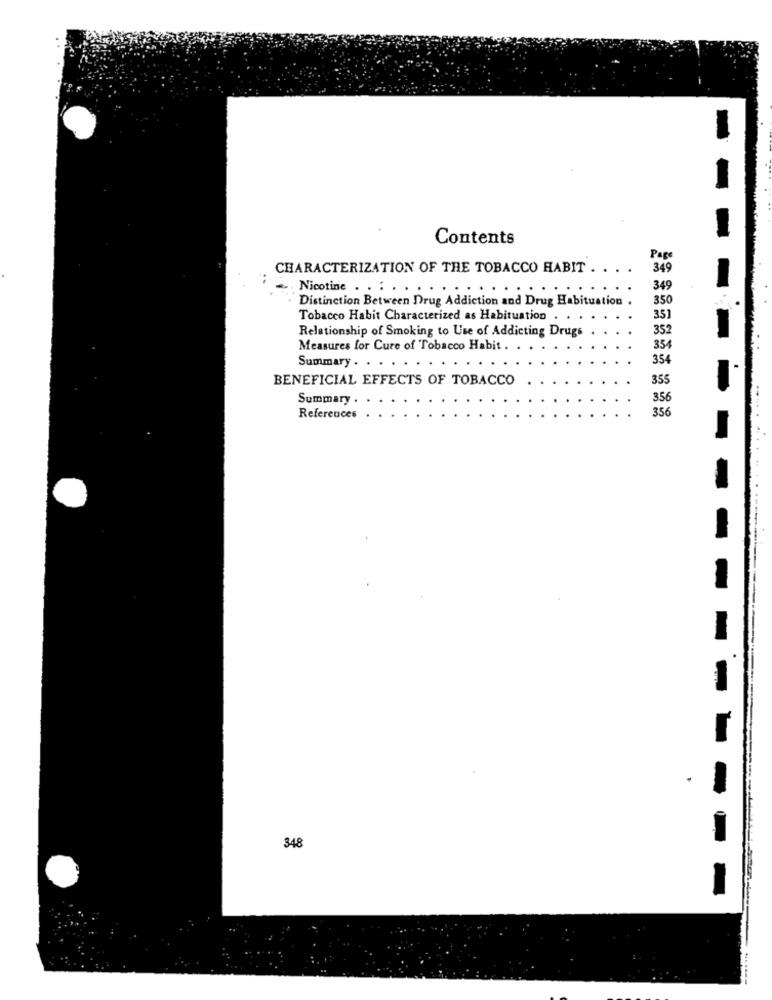
Contents
Page
CHARACTERIZATION OF THE TOBACCO HABIT .
349
. Nicotine . . . . . . . .
:: .......
349
Distinction Between Drug Addiction and Drug Habituation
350
Tobacco Habit Characterized as Habituation .
35]
Relationship of Smoking to Use of Addicting Drugs
352
Measures for Cure of Tobacco Habit .
354
354
Summary . . .
BENEFICIAL EFFECTS OF TOBACCO
355
Summary .
356
356
References
348
-